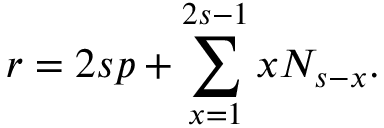
r = 2 s p + \sum _ { x = 1 } ^ { 2 s - 1 } x N _ { s - x } .